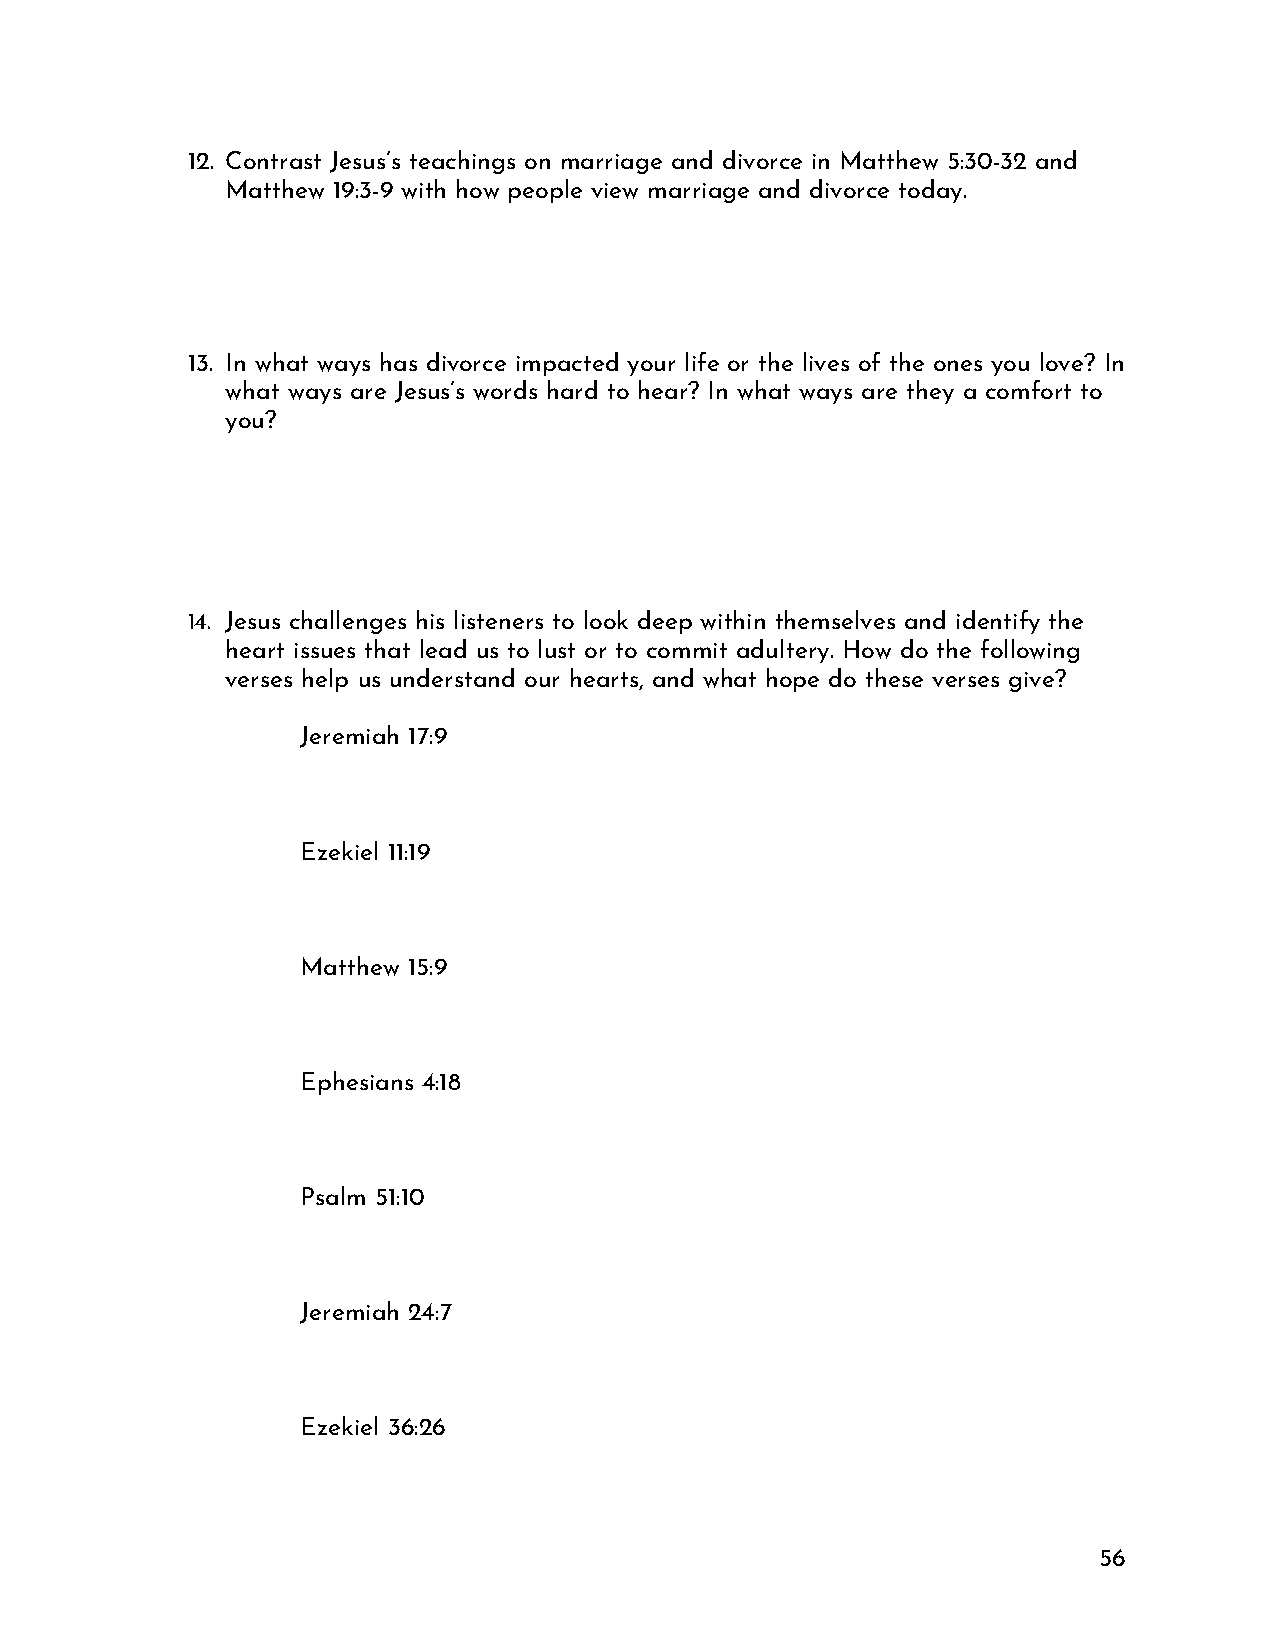
12. Contrast Jesus’s teachings on marriage and divorce in Matthew 5:30-32 and
 Matthew 19:3-9 with how people view marriage and divorce today.
 13. In what ways has divorce impacted your life or the lives of the ones you love? In
 what ways are Jesus’s words hard to hear? In what ways are they a comfort to
 you?
 14. Jesus challenges his listeners to look deep within themselves and identify the
 heart issues that lead us to lust or to commit adultery. How do the following
 verses help us understand our hearts, and what hope do these verses give?
 Jeremiah 17:9
 Ezekiel 11:19
 Matthew 15:9
 Ephesians 4:18
 Psalm 51:10
 Jeremiah 24:7
 Ezekiel 36:26
 56